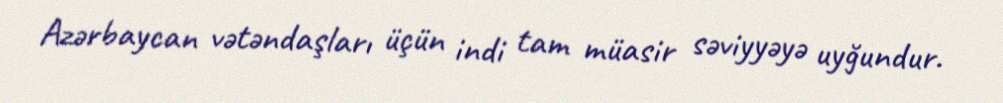
Azərbaycan vətəndaşları üçün indi tam müasir səviyyəyə uyğundur.